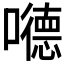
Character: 𪢝